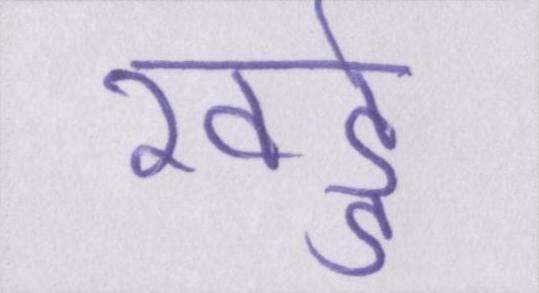
खड्डे